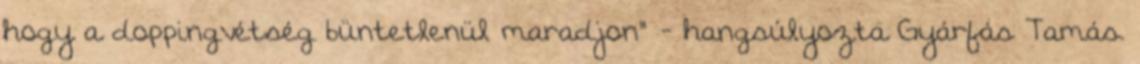
hogy a doppingvétség büntetlenül maradjon" - hangsúlyozta Gyárfás Tamás.